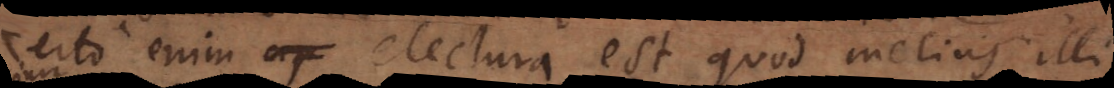
certo enim electura est quod melius illi